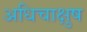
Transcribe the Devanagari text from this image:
अधिचाक्षुष